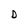
Character: D